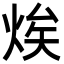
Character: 㶼